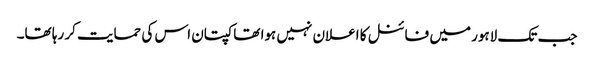
جب تک لاہور میں فائنل کا اعلان نہیں ہوا تھا کپتان اس کی حمایت کر رہا تھا۔